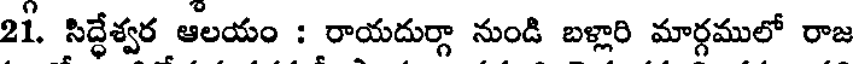
21. సిద్ధేశ్వర ఆలయం : రాయదుర్గా నుండి బళ్లారి మార్గములో రాజ